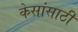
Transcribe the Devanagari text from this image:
केसांसाठी